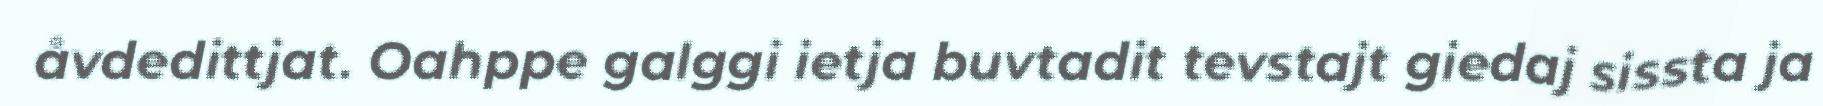
åvdedittjat. Oahppe galggi ietja buvtadit tevstajt giedaj sissta ja